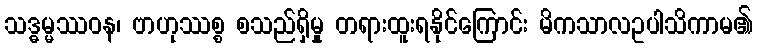
သဒ္ဓမ္မဿဝန၊ ဗာဟုဿစ္စ စသည်ရှိမှု တရားထူးရနိုင်ကြောင်း မိကသာလဥပါသိကာမ၏